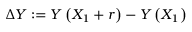
\Delta Y : = Y \left( X _ { 1 } + r \right) - Y \left( X _ { 1 } \right)